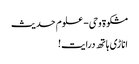
مشکوة وحی- علوم حدیث
اناڑی ہاتھ درایت!